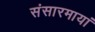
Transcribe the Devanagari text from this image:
संसारमायां